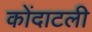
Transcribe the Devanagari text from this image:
कोंदाटली